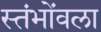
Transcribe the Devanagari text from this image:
स्तंभोंवला